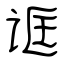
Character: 诓